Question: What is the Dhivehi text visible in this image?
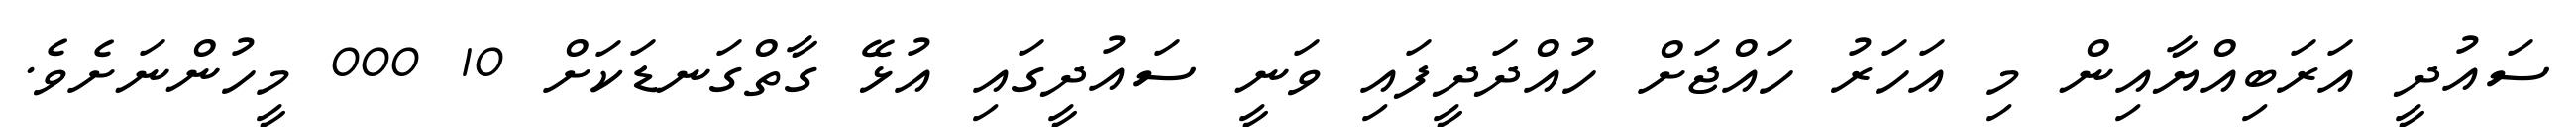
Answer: ސައުދީ އަރަބިއްޔާއިން މި އަހަރު ހައްޖަށް ހުއްދަދީފައި ވަނީ ސައުދީގައި އުޅޭ ގާތްގަނޑަކަށް 10 000 މީހުންނަށެވެ.